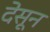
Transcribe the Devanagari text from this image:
देसून